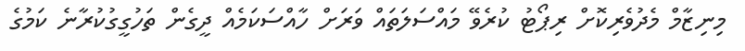
މިނިޒާމް މެދުވެރިކޮށް ރިޕޯޓު ކުރެވޭ މައްސަލަތައް ވަރަށް ހާއްސަކަމެއް ދީގެން ތަހުގީގުކުރާނެ ކަމުގެ